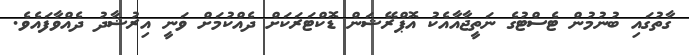
ގާތުގައި ބުނުމުން ޓެސްޓުގެ ނަތީޖާއާއެކު އޮޕްރޭޝަން ޑޮކްޓަރަކަށް ދެއްކުމަށް ވަނީ އިރުޝާދު ދެއްވާފައެވެ.